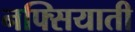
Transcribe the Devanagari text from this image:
नफ्सियाती